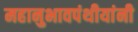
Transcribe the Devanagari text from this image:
महानुभावपंथीयांनी